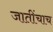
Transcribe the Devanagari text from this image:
जातींचाच